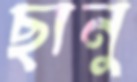
ছানু